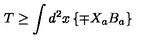
T \geq \int d ^ { 2 } x \left\{ \mp X _ { a } B _ { a } \right\}